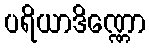
ပရိယာဒိဏ္ဏော